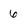
Character: 6